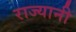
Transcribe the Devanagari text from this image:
राज्यानी